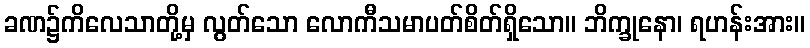
ခဏ၌ကိလေသာတို့မှ လွတ်သော လောကီသမာပတ်စိတ်ရှိသော။ ဘိက္ခုနော၊ ရဟန်းအား။